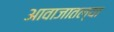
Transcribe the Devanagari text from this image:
आवाजातल्या